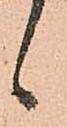
候